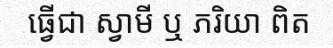
ធ្វើជា ស្វាមី ឬ ភរិយា ពិត